Report on vaccination North-West Frontier Province 1904-1922 - 1904-1922
Year: 1904
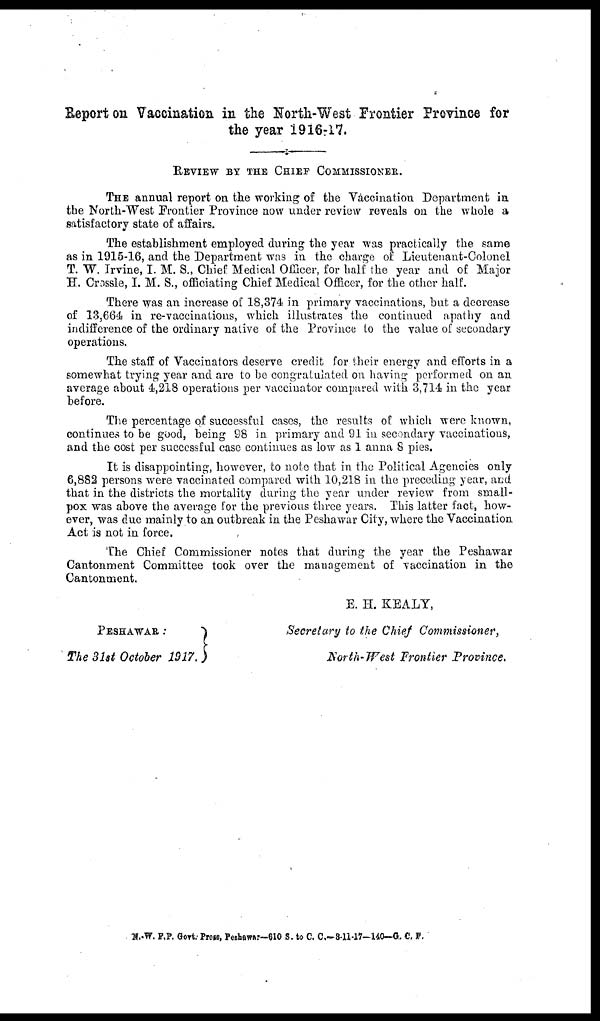
Report on Vaccination in the North-West Frontier Province for
the year 1916-17.
REVIEW BY THE CHIEF COMMISSIONER.
THE annual report on the working of the Vaccination Department in
the North-West Frontier Province now under review reveals on the whole a
satisfactory state of affairs.
The establishment employed during the year was practically the same
as in 1915-16, and the Department was in the charge of Lieutenant-Colonel
T. W. Irvine, I. M. S., Chief Medical Officer, for half the year and of Major
H. Crossle, I. M. S., officiating Chief Medical Officer, for the other half.
There was an increase of 18,374 in primary vaccinations, but. a decrease
of 13,664 in re-vaccinations, which illustrates the continued apathy and
indifference of the ordinary native of the Province to the value of secondary
operations.
The staff of Vaccinators deserve credit for their energy and efforts in a
somewhat trying year and are to be congratulated on having performed on an
average about 4,218 operations per vaccinator compared with 3,714 in the year
before.
The percentage of successful cases, the results of which were known,
continues to be good, being 98 in primary and 91 in secondary vaccinations,
and the cost per successful case continues as low as 1 anna 8 pies.
It is disappointing, however, to note that in the Political Agencies only
6,882 persons were vaccinated compared with 10,218 in the preceding year, and
that in the districts the mortality during the year under review from small-
pox was above the average for the previous three years. This latter fact, how-
ever, was due mainly to an outbreak in the Peshawar City, where the Vaccination
Act is not in force.
The Chief Commissioner notes that during the year the Peshawar
Cantonment Committee took over the management of vaccination in the
Cantonment.
E. H. KEALY,
PESHAWAR:
The 31st October 1917.
Secretary to the Chief Commissioner,
North-West Frontier Province.
N.-W.F.P. Govt. Press, Peshawar—610 S. to C. C.—3-11-17—140—G. C. F.